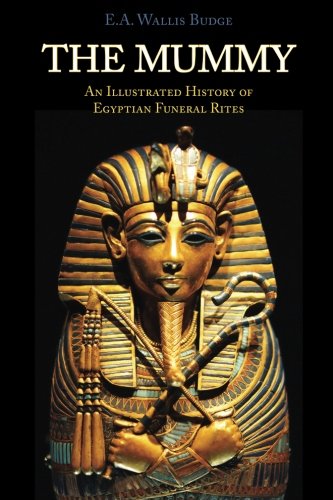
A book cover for The Mummy: Chapters on Egyptian Funeral Archeology; E. A. Wallis Budge; History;